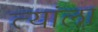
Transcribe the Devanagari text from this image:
त्यांला